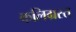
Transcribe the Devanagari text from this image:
कलिग्रस्त